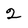
Character: 2